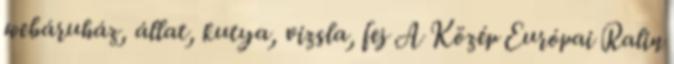
webáruház, állat, kutya, vizsla, fej A Közép Európai Ralin